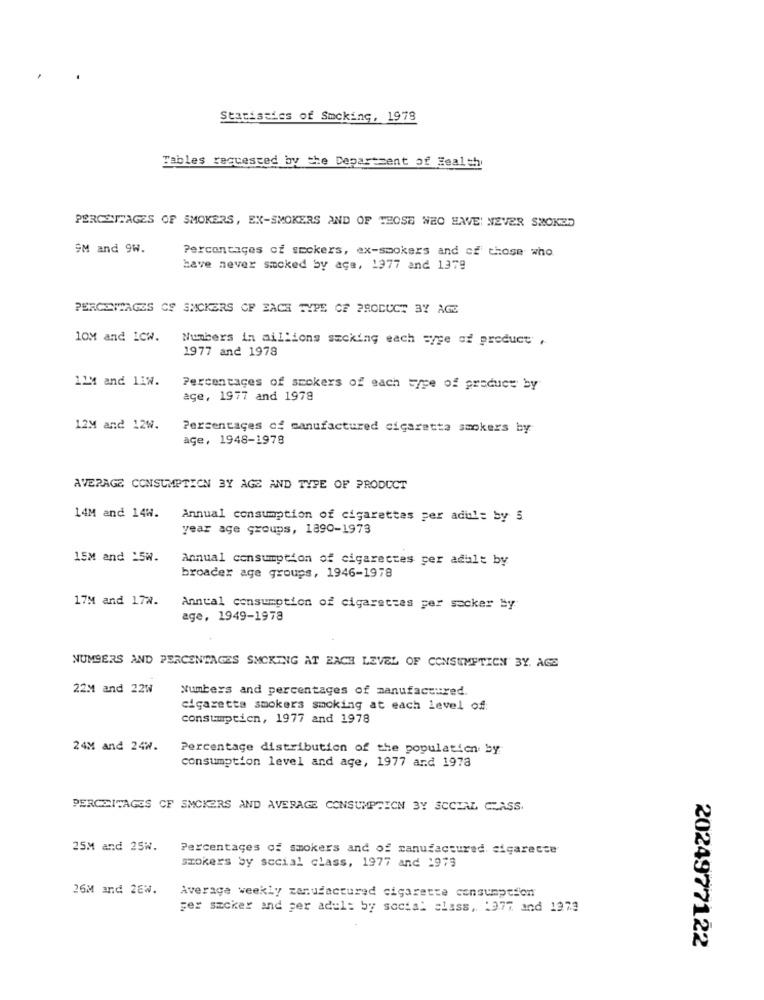
Statistics of Smoking, 1978
Tables requested by the Department of Health
PERCENTAGES OF SMOKERS, EX-SMOKERS AND OF THOSE WHO HAVE NEVER SMOKED
SM and 9W.
Percentages of smokers, ex-smokers and of those who
have never smoked by age, 1977 and 1379
PERCENTAGES CF SMOKERS CF EACH TYPE OF PRODUCT 3Y AGE
10M and ICW. Numbers in aillions sucking each =/ge of product ,
1977 and 1978
11M and 11W.
Percentages of smokers of each =/pe of product by
age, 1977 and 1978
12M and 12W.
Percentages cf manufactured cigaretta smokers by
age, 1948-1978
AVERAGE CONSUMPTION BY AGE AND TYPE OF PRODUCT
14M and 14W.
Annual consumption of cigarettes per adul: by 5
year age groups, 1890-1973
15M and _5W.
Annual consumption of cigarettes per adult by
broader age groups, 1946-1978
17M and 172.
Annual consumption of cigarettes per socker By
age, 1949-1978
NUMBERS AND PERCENTAGES SMOKING AT EACH LEVEL OF CONSUMPTION BY. AGE
22M and 22W
Numbers and percentages of manufactured.
cigaretta smokers smoking at each level of:
consumption, 1977 and 1978
24M and 24W.
Percentage distribution of the population by
consumption level and age, 1977 and 1978
PERCEITAGES CF SMOKERS AND AVERAGE CONSUMPTION 3Y SOCIAL CLASS.
25M and 25W.
Percentages of smokers and of manufactured. cigarette
smokers by social class, 1977 and 1973
26M and 2EW.
Average weekly zanufactured cigarette consumption
Fer smoker and per adul: by social class, : 377 and 1973
2024977122